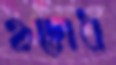
হৃদ্বোধ